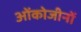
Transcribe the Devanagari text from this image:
ओंकोजीनों